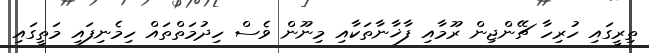
ތިރީގައި ހުރިހާ ޗޭންޖިން ރޫމާއި ފާޚާނާތަކާއި މިނޫން ވެސް ހިދުމަތްތައް ހިމެނިފައި މަތީގައި